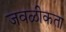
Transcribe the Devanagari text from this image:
जवळीकता